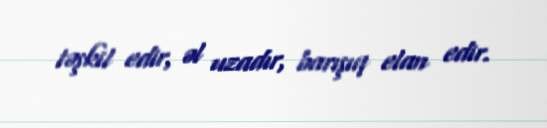
təşkil edir, əl uzadır, barışıq elan edir.